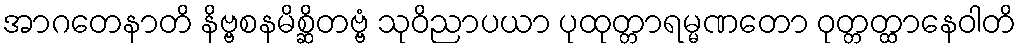
အာဂတေနာတိ နိဗ္ဗစနမိစ္ဆိတဗ္ဗံ သုဝိညာပယာ ပုထုတ္တာရမ္မဏတော ဝုတ္တတ္ထာနေဝါတိ